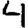
Digit: 4